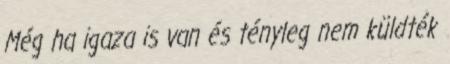
Még ha igaza is van és tényleg nem küldték